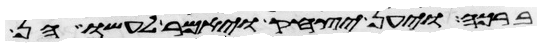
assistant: ברכה ויען יצחק ויאמר לעשו הן